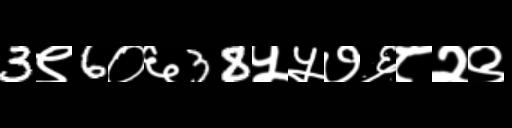
Text: 3९6०६38५५७६८२९